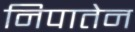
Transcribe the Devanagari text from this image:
निपातेन